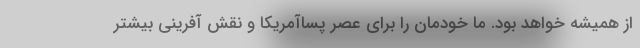
از همیشه خواهد بود. ما خودمان را برای عصر پساآمریکا و نقش آفرینی بیشتر